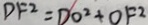
D F ^ { 2 } = D O ^ { 2 } + O F ^ { 2 }